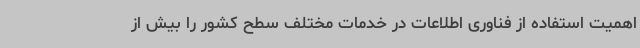
اهمیت استفاده از فناوری اطلاعات در خدمات مختلف سطح کشور را بیش از